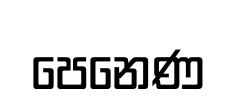
පෙනෙණ